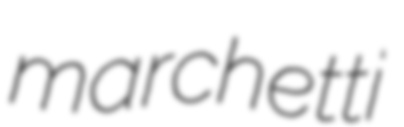
marchetti